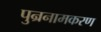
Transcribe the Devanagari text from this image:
पुन्रनामकरण